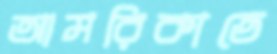
আমরিকাতে